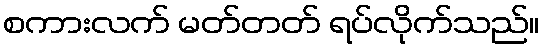
စကားလက် မတ်တတ် ရပ်လိုက်သည်။